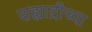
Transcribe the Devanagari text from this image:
सह्याद्रीच्‍या